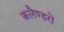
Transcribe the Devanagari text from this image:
कलैण्डरों